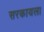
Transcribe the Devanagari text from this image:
सरकायला